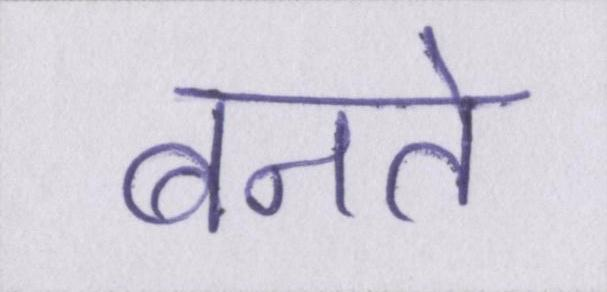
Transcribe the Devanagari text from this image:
बनते